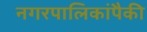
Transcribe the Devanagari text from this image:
नगरपालिकांपैकी